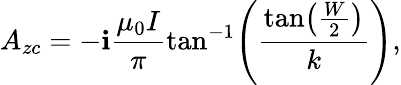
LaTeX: A_{zc}=-\mathbf{i}\frac{{\mu_{0}I}}{{\pi}}\tan^{-1}\! \left(\frac{{\tan\! \left(\frac{{W}}{{2}}\right)}}{{k}}\right),